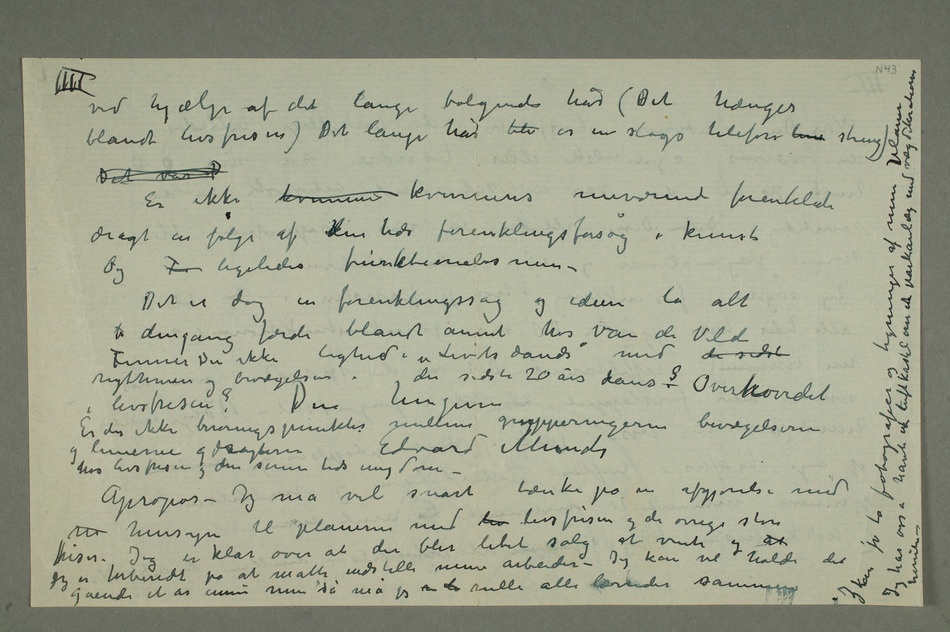
ved hjælp af det lange bølgende hår (Det hænger
blandt livsfrisen) Det lange hår bli er en slags telefon linie streng)
Det var P
Er ikke kvinnens kvinnens nuværende forenklede
dragt en følge af den tids forenklingsforsøg i kunst
Og F ligeledes funktionalismen –
Det er dog en forenklingssag og ideen lå alt
b dengang færdi blandt annet hos van de Velde
Finner Du ikke lighed i «Livets dands» med de sidste
rythmen og bevægelsen i de sidste 20 års dans–? Overhovedet
Er der ikke berøringspunkter mellem grupperingerne bevægelserne og
linierne og dragterne hos livsfrisen og den senere tids ungdom
– Apropos – Jeg må vel snart tænke på en afgjørelse med
m hensyn til planerne med liv livsfrisen og de øvrige store
friser. Jeg er klar over at der blir litet salg at vente og at
gående et år ennu men så må jeg som du rulle alle lerreder sammen Jeg kan jo ta fotografier og tegninger af mine planer Jeg har